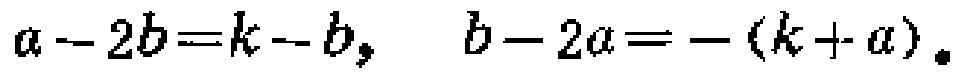
\(a - 2b=k - b,\quad b - 2a=-(k + a)\)